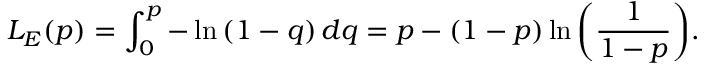
L _ { E } ( p ) = \int _ { 0 } ^ { p } - \ln { ( 1 - q ) } \, d q = p - ( 1 - p ) \ln { \left( \frac { 1 } { 1 - p } \right) } .